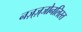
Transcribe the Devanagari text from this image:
नज़्ज़्जोनलिस्त